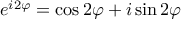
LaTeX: e ^ { i 2 \varphi } = \cos 2 \varphi + i \sin 2 \varphi